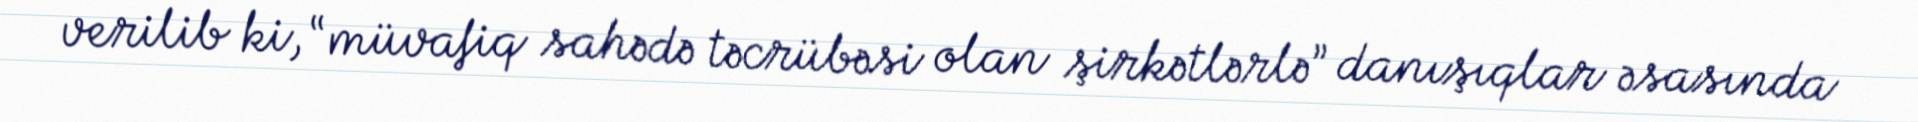
verilib ki, “müvafiq sahədə təcrübəsi olan şirkətlərlə” danışıqlar əsasında